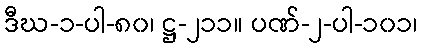
ဒီဃ-၁-ပါ-၈၀၊ ဋ္ဌ-၂၁၁။ ပဏ်-၂-ပါ-၁၀၁၊